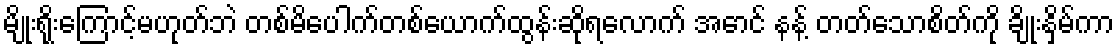
မျိုးရိုးကြောင့်မဟုတ်ဘဲ တစ်မိပေါက်တစ်ယောက်ထွန်းဆိုရလောက် အောင် နန့် တတ်သောစိတ်ကို ချိုးနှိမ်ကာ